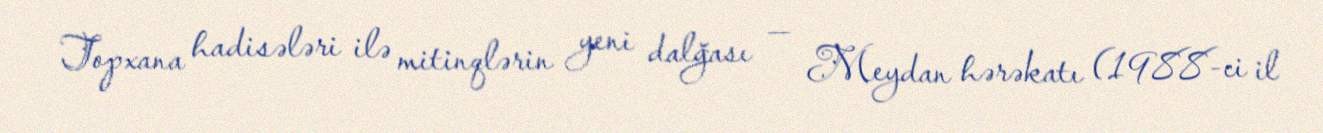
Topxana hadisələri ilə mitinqlərin yeni dalğası — Meydan hərəkatı (1988-ci il